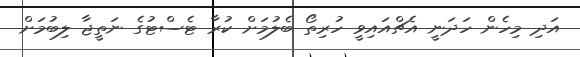
އަދި މިހެން ހަދަނީ އެޗްއައިވީ ހުރިތޯ ބެލުމަށް ކުރާ ޓެސްޓުގެ ނަތީޖާ ލިބުމަށް